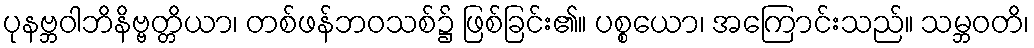
ပုနဗ္ဘဝါဘိနိဗ္ဗတ္တိယာ၊ တစ်ဖန်ဘဝသစ်၌ ဖြစ်ခြင်း၏။ ပစ္စယော၊ အကြောင်းသည်။ သမ္ဘဝတိ၊